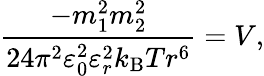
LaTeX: {\frac{-m_{1}^{2}m_{2}^{2}}{24\pi^{2}\varepsilon_{0}^{2}\varepsilon_{r}^{2}k_{\mathrm{B}}Tr^{6}}}=V,